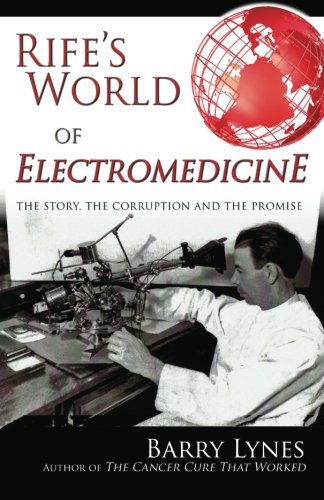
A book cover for Rife's World of Electromedicine: The Story, the Corruption and the Promise; Barry Lynes; Science & Math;